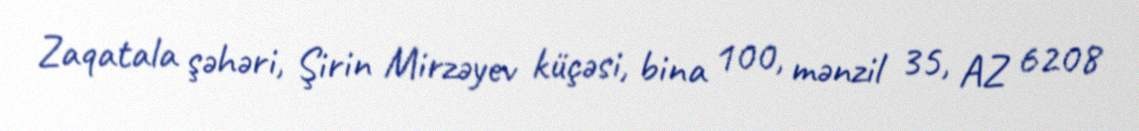
Zaqatala şəhəri, Şirin Mirzəyev küçəsi, bina 100, mənzil 35, AZ 6208